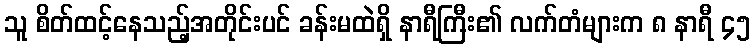
သူ စိတ်ထင့်နေသည့်အတိုင်းပင် ခန်းမထဲရှိ နာရီကြီး၏ လက်တံများက ၈ နာရီ ၄၅